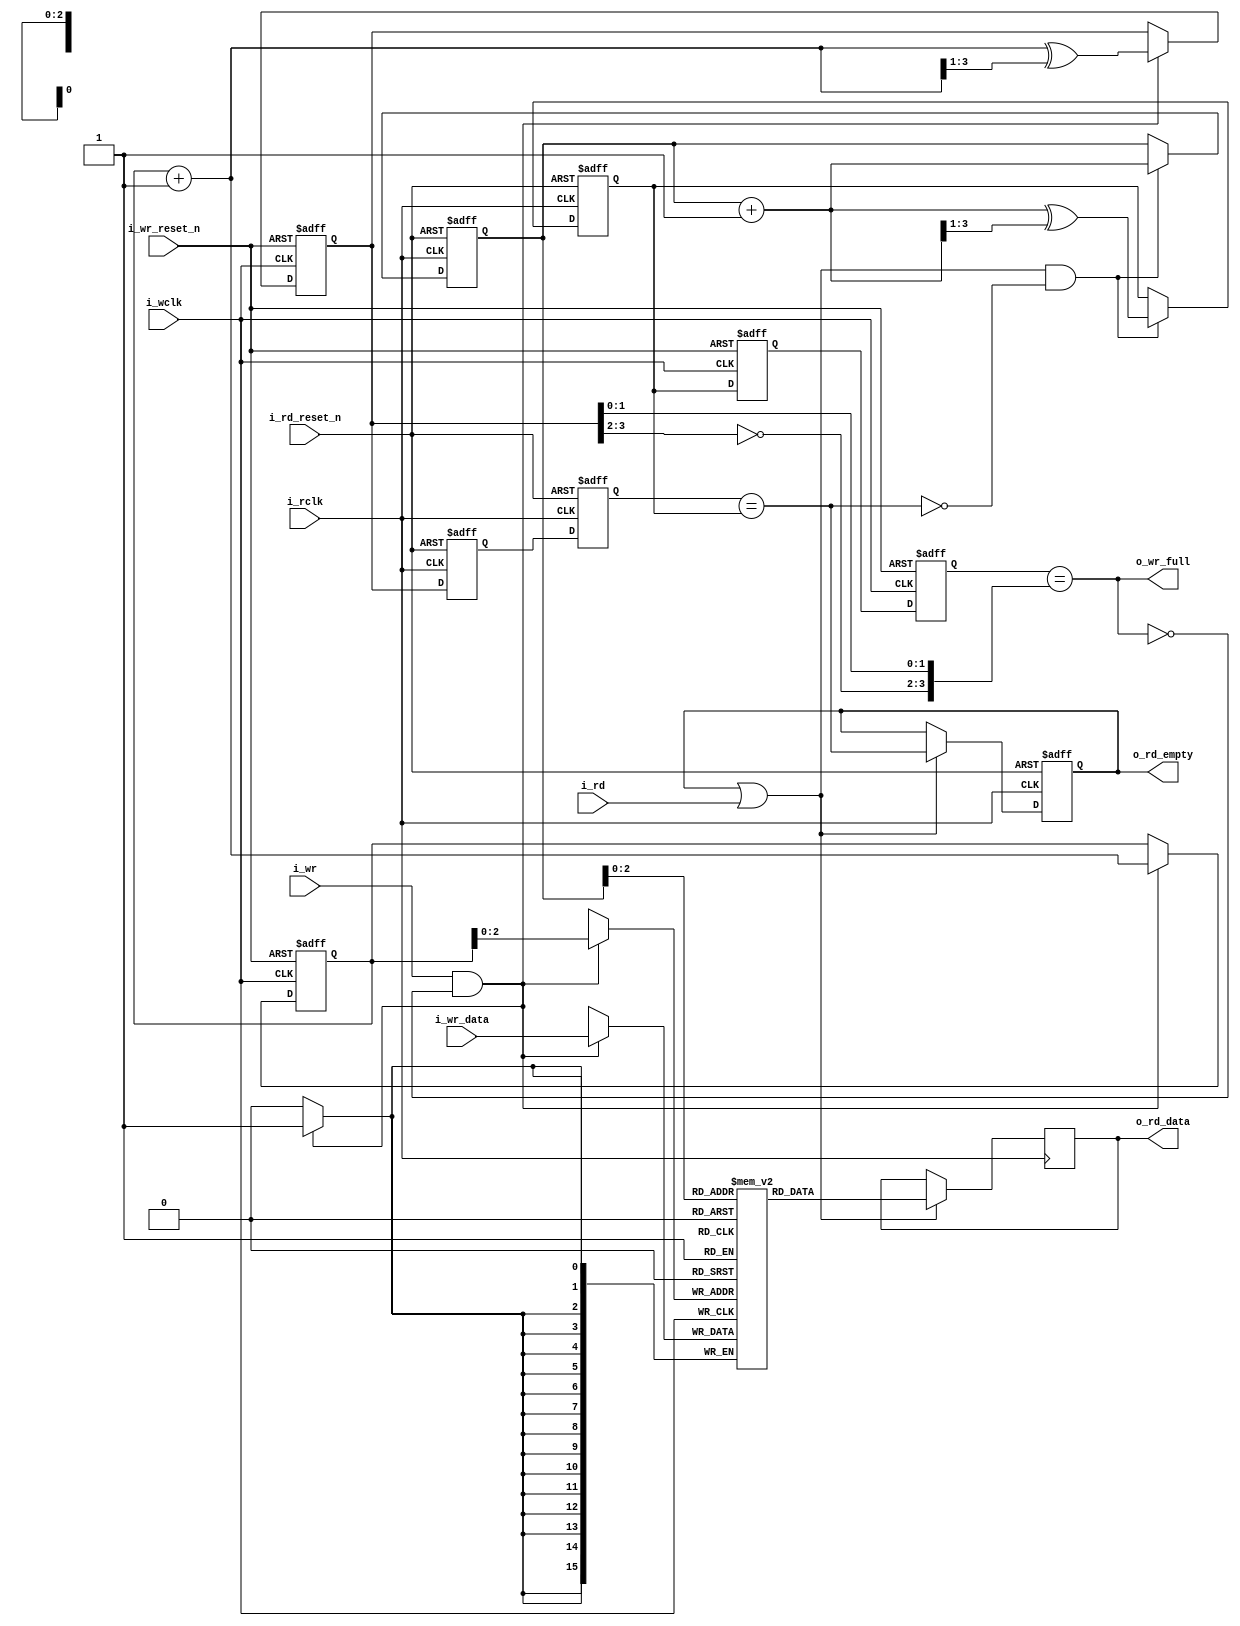
////////////////////////////////////////////////////////////////////////////////
//
// {{{
// Project:	10Gb Ethernet switch
//
// Purpose:	A basic asynchronous FIFO.
//
// Creator:	Dan Gisselquist, Ph.D.
//		Gisselquist Technology, LLC
//
////////////////////////////////////////////////////////////////////////////////
// }}}
// Copyright (C) 2023-2024, Gisselquist Technology, LLC
// {{{
// This file is part of the ETH10G project.
//
// The ETH10G project contains free software and gateware, licensed under the
// terms of the 3rd version of the GNU General Public License as published by
// the Free Software Foundation.
//
// This project is distributed in the hope that it will be useful, but WITHOUT
// ANY WARRANTY; without even the implied warranty of MERCHANTIBILITY or
// FITNESS FOR A PARTICULAR PURPOSE.  See the GNU General Public License
// for more details.
//
// You should have received a copy of the GNU General Public License along
// with this program.  (It's in the $(ROOT)/doc directory.  Run make with no
// target there if the PDF file isn't present.)  If not, see
// <http://www.gnu.org/licenses/> for a copy.
// }}}
// License:	GPL, v3, as defined and found on www.gnu.org,
// {{{
//		http://www.gnu.org/licenses/gpl.html
//
////////////////////////////////////////////////////////////////////////////////
//
`timescale 1ns / 1ps
`default_nettype	none
// }}}
module afifo #(
		// {{{
		// LGFIFO is the log based-two of the number of entries
		//	in the FIFO, log_2(fifo size)
		parameter	LGFIFO = 3,
		//
		// WIDTH is the number of data bits in each entry
		parameter	WIDTH  = 16,
		//
		// NFF is the number of flip flops used to cross clock domains.
		// 2 is a minimum.  Some applications appreciate the better
		parameter	NFF    = 2,
		//
		// This core can either write on the positive edge of the clock
		// or the negative edge.  Set WRITE_ON_POSEDGE (the default)
		// to write on the positive edge of the clock.
		parameter [0:0]	WRITE_ON_POSEDGE = 1'b1,
		//
		// Many  logic elements can read from memory asynchronously.
		// This burdens any following logic.  By setting
		// OPT_REGISTER_READS, we force all reads to be synchronous and
		// not burdened by any logic.  You can spare a clock of latency
		// by clearing this register.
		parameter [0:0]	OPT_REGISTER_READS = 1'b1










		// }}}
	) (
		// {{{
		//
		// The (incoming) write data interface
		input	wire			i_wclk,
		// Verilator lint_off SYNCASYNCNET
		input	wire			i_wr_reset_n,
		// Verilator lint_on  SYNCASYNCNET
		input	wire			i_wr,
		input	wire	[WIDTH-1:0]	i_wr_data,
		output	reg			o_wr_full,
		//
		// The (incoming) write data interface
		input	wire			i_rclk,
		// Verilator lint_off SYNCASYNCNET
		input	wire			i_rd_reset_n,
		// Verilator lint_on  SYNCASYNCNET
		input	wire			i_rd,
		output	reg	[WIDTH-1:0]	o_rd_data,
		output	reg			o_rd_empty



		// }}}
	);

	// Register/net declarations
	// {{{
	// MSB = most significant bit of the FIFO address vector.  It's
	// just short-hand for LGFIFO, and won't work any other way.
	localparam	MSB = LGFIFO;
	//
	reg	[WIDTH-1:0]		mem	[(1<<LGFIFO)-1:0];
	reg	[LGFIFO:0]		rd_addr, wr_addr,
					rd_wgray, wr_rgray;
	wire	[LGFIFO:0]		next_rd_addr, next_wr_addr;
	reg	[LGFIFO:0]		rgray, wgray;
	(* ASYNC_REG = "TRUE" *) reg	[(LGFIFO+1)*(NFF-1)-1:0]
					rgray_cross, wgray_cross;
	wire				wclk;
	reg	[WIDTH-1:0]		lcl_rd_data;
	reg				lcl_read, lcl_rd_empty;
	// }}}

	// wclk - Write clock generation
	// {{{
	generate if (WRITE_ON_POSEDGE)
	begin : GEN_POSEDGE_WRITES

		assign	wclk = i_wclk;

	end else begin : GEN_NEGEDGE_WRITES

		assign	wclk = !i_wclk;

	end endgenerate
	// }}}

	////////////////////////////////////////////////////////////////////////
	//
	// Write to and read from memory
	// {{{
	////////////////////////////////////////////////////////////////////////
	//
	//

	// wr_addr, wgray
	// {{{
	assign	next_wr_addr = wr_addr + 1;
	always @(posedge wclk or negedge i_wr_reset_n)
	if (!i_wr_reset_n)
	begin
		wr_addr <= 0;
		wgray   <= 0;
	end else if (i_wr && !o_wr_full)
	begin
		wr_addr <= next_wr_addr;
		wgray   <= next_wr_addr ^ (next_wr_addr >> 1);
	end
	// }}}

	// Write to memory
	// {{{
	always @(posedge wclk)
	if (i_wr && !o_wr_full)
		mem[wr_addr[LGFIFO-1:0]] <= i_wr_data;
	// }}}

	// rd_addr, rgray
	// {{{
	assign	next_rd_addr = rd_addr + 1;
	always @(posedge i_rclk or negedge i_rd_reset_n)
	if (!i_rd_reset_n)
	begin
		rd_addr <= 0;
		rgray   <= 0;
	end else if (lcl_read && !lcl_rd_empty)
	begin
		rd_addr <= next_rd_addr;
		rgray   <= next_rd_addr ^ (next_rd_addr >> 1);
	end
	// }}}

	// Read from memory
	// {{{
	always @(*)
		lcl_rd_data = mem[rd_addr[LGFIFO-1:0]];
	// }}}
	// }}}
	////////////////////////////////////////////////////////////////////////
	//
	// Cross clock domains
	// {{{
	////////////////////////////////////////////////////////////////////////
	//
	//

	// read pointer -> wr_rgray
	// {{{
	always @(posedge wclk or negedge i_wr_reset_n)
	if (!i_wr_reset_n)
		{ wr_rgray, rgray_cross } <= 0;
	else
		{ wr_rgray, rgray_cross } <= { rgray_cross, rgray };
	// }}}

	// write pointer -> rd_wgray
	// {{{
	always @(posedge i_rclk or negedge i_rd_reset_n)
	if (!i_rd_reset_n)
		{ rd_wgray, wgray_cross } <= 0;
	else
		{ rd_wgray, wgray_cross } <= { wgray_cross, wgray };
	// }}}

	// }}}
	////////////////////////////////////////////////////////////////////////
	//
	// Flag generation
	// {{{
	////////////////////////////////////////////////////////////////////////
	//
	//

	always @(*)
		o_wr_full = (wr_rgray == { ~wgray[MSB:MSB-1], wgray[MSB-2:0] });

	always @(*)
		lcl_rd_empty = (rd_wgray == rgray);

	// o_rd_empty, o_rd_data
	// {{{
	generate if (OPT_REGISTER_READS)
	begin : GEN_REGISTERED_READ
		// {{{
		always @(*)
			lcl_read = (o_rd_empty || i_rd);

		always @(posedge i_rclk or negedge i_rd_reset_n)
		if (!i_rd_reset_n)
			o_rd_empty <= 1'b1;
		else if (lcl_read)
			o_rd_empty <= lcl_rd_empty;

		always @(posedge i_rclk)
		if (lcl_read)
			o_rd_data <= lcl_rd_data;
		// }}}
	end else begin : GEN_COMBINATORIAL_FLAGS
		// {{{
		always @(*)
			lcl_read = i_rd;

		always @(*)
			o_rd_empty = lcl_rd_empty;

		always @(*)
			o_rd_data = lcl_rd_data;
		// }}}
	end endgenerate
	// }}}
	// }}}
////////////////////////////////////////////////////////////////////////////////
////////////////////////////////////////////////////////////////////////////////
////////////////////////////////////////////////////////////////////////////////
//
// Formal properties
// {{{
////////////////////////////////////////////////////////////////////////////////
////////////////////////////////////////////////////////////////////////////////
////////////////////////////////////////////////////////////////////////////////


































































































































































































































































































































































































































































































































































// }}}
endmodule